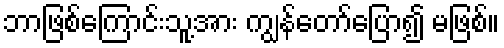
ဘာဖြစ်ကြောင်းသူ့အား ကျွန်တော်ပြော၍ မဖြစ်။